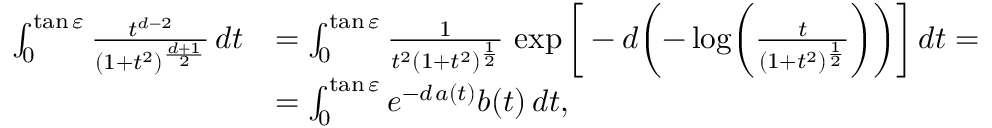
\begin{array} { r l } { \int _ { 0 } ^ { \tan \varepsilon } \frac { t ^ { d - 2 } } { ( 1 + t ^ { 2 } ) ^ { \frac { d + 1 } { 2 } } } \, d t } & { = \int _ { 0 } ^ { \tan \varepsilon } \frac { 1 } { t ^ { 2 } ( 1 + t ^ { 2 } ) ^ { \frac { 1 } { 2 } } } \, \exp \bigg [ - d \biggl ( - \log \biggl ( \frac { t } { ( 1 + t ^ { 2 } ) ^ { \frac { 1 } { 2 } } } \biggr ) \biggr ) \bigg ] \, d t = } \\ & { = \int _ { 0 } ^ { \tan \varepsilon } e ^ { - d \, a ( t ) } b ( t ) \, d t , } \end{array}